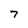
Character: 7